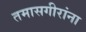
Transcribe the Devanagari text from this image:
तमासगीरांना